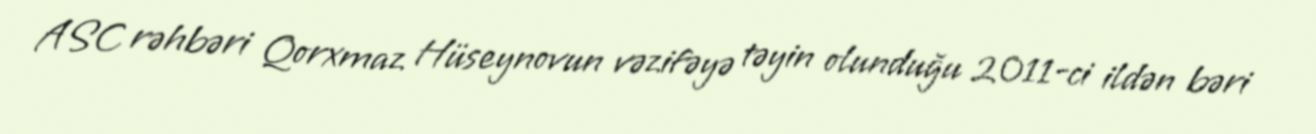
ASC rəhbəri Qorxmaz Hüseynovun vəzifəyə təyin olunduğu 2011-ci ildən bəri